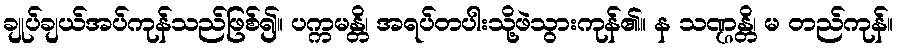
ချုပ်ချယ်အပ်ကုန်သည်ဖြစ်၍။ ပက္ကမန္တိ၊ အရပ်တပါးသို့ဖဲသွားကုန်၏။ န သဏ္ဌန္တိ၊ မ တည်ကုန်။